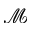
\mathcal { M }